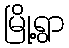
မြို့ရွာ